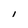
Character: I